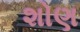
શોણ